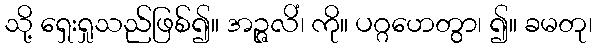
သို့ ရှေးရှုသည်ဖြစ်၍။ အဉ္ဇလိံ၊ ကို။ ပဂ္ဂဟေတွာ၊ ၍။ ခမတု၊